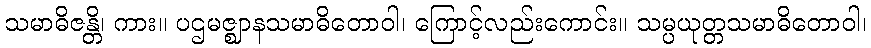
သမာဓိဇန္တိ၊ ကား။ ပဌမဇ္ဈာနသမာဓိတောဝါ၊ ကြောင့်လည်းကောင်း။ သမ္ပယုတ္တသမာဓိတောဝါ၊